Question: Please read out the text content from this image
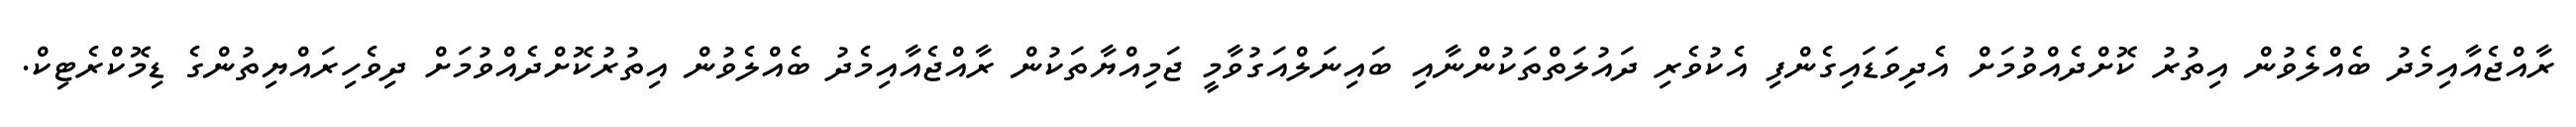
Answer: ރާއްޖެއާއިމެދު ބެއްލެވުން އިތުރު ކޮށްދެއްވުމަށް އެދިވަޑައިގެންފި އެކުވެރި ދައުލަތްތަކުންނާއި ބައިނަލްއަގުވާމީ ޖަމިއްޔާތަކުން ރާއްޖެއާއިމެދު ބެއްލެވުން އިތުރުކޮށްދެއްވުމަށް ދިވެހިރައްޔިތުންގެ ޑިމޮކްރެޓިކް.